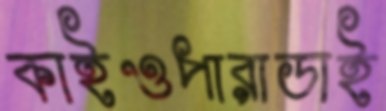
কাইওপারাডাই